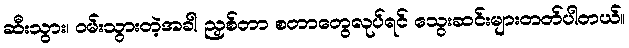
ဆီးသွား၊ ဝမ်းသွားတဲ့အခါ ညှစ်တာ စတာတွေလုပ်ရင် သွေးဆင်းများတတ်ပါတယ်။